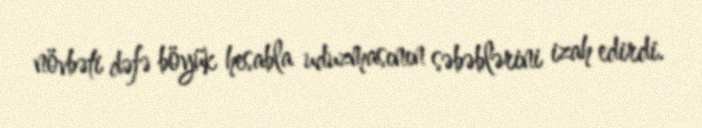
növbəti dəfə böyük hesabla uduzmasının səbəblərini izah edirdi.